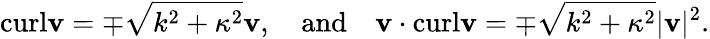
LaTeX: \textrm{curl}\mathbf{v}=\mp\sqrt{k^{2}+\kappa^{2}}\mathbf{v},\quad\textrm{and}\quad\mathbf{v}\cdot\textrm{curl}\mathbf{v}=\mp\sqrt{k^{2}+\kappa^{2}}|\mathbf{v}|^{2}.